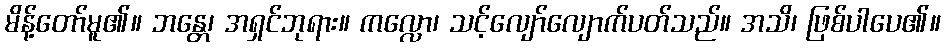
မိန့်တော်မူ၏။ ဘန္တေ၊ အရှင်ဘုရား။ ကလ္လော၊ သင့်လျော်လျောက်ပတ်သည်။ အသိ၊ ဖြစ်ပါပေ၏။